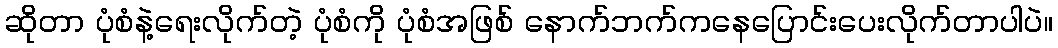
ဆိုတာ ပုံစံနဲ့ရေးလိုက်တဲ့ ပုံစံကို ပုံစံအဖြစ် နောက်ဘက်ကနေပြောင်းပေးလိုက်တာပါပဲ။